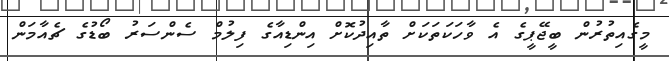
މީގެއިތުރުން ބީޖޭޕީގެ އެ ވާހަކަތަކަށް ތާއިދުކޮށް އިންޑިއާގެ ފިލުމް ސެންސަރު ބޯޑުގެ ޗެއާމަން